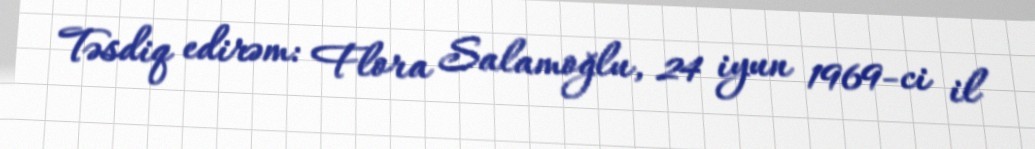
Təsdiq edirəm: Flora Salamoğlu, 24 iyun 1969-ci il